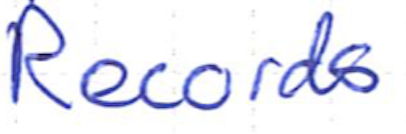
Text: Records
Cross-out: clean
Writing tool: ballpoint